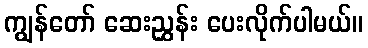
ကျွန်တော် ဆေးညွှန်း ပေးလိုက်ပါမယ်။